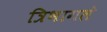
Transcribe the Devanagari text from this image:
त्रिभागले